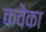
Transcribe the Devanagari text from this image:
कवेका